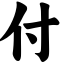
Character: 付